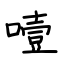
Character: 噎